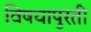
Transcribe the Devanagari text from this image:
विषयापुरती